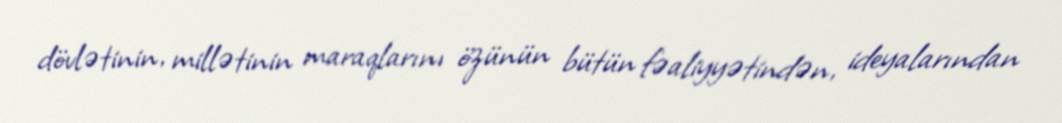
dövlətinin, millətinin maraqlarını özünün bütün fəaliyyətindən, ideyalarından